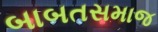
બાબતસમાજ